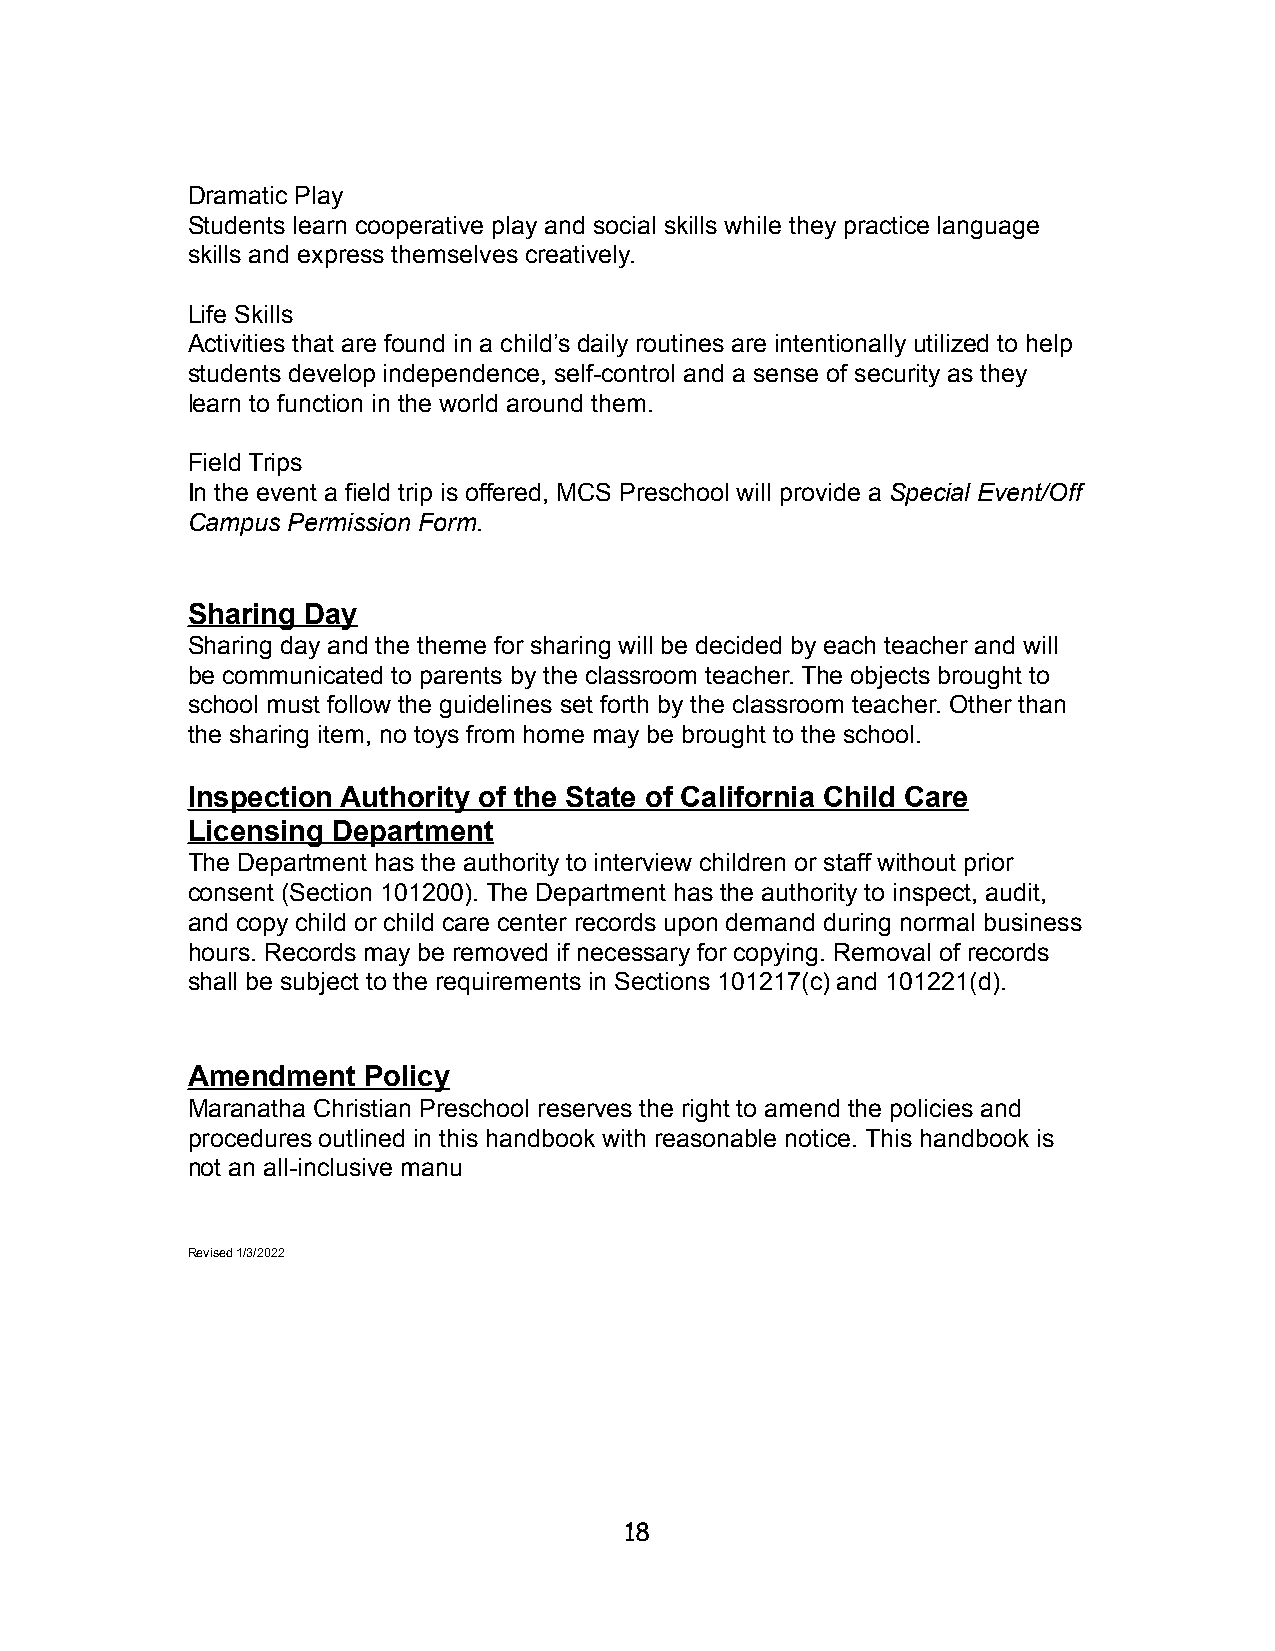
Dramatic Play
 Students learn cooperative play and social skills while they practice language
 skills and express themselves creatively.
 Life Skills
 Activities that are found in a child’s daily routines are intentionally utilized to help
 students develop independence, self-control and a sense of security as they
 learn to function in the world around them.
 Field Trips
 In the event a field trip is offered, MCS Preschool will provide a Special Event/Off
 Campus Permission Form.
 Sharing Day
 Sharing day and the theme for sharing will be decided by each teacher and will
 be communicated to parents by the classroom teacher. The objects brought to
 school must follow the guidelines set forth by the classroom teacher. Other than
 the sharing item, no toys from home may be brought to the school.
 Inspection Authority of the State of California Child Care
 Licensing Department
 The Department has the authority to interview children or staff without prior
 consent (Section 101200). The Department has the authority to inspect, audit,
 and copy child or child care center records upon demand during normal business
 hours. Records may be removed if necessary for copying. Removal of records
 shall be subject to the requirements in Sections 101217(c) and 101221(d).
 Amendment   Policy
 Maranatha Christian Preschool reserves the right to amend the policies and
 procedures outlined in this handbook with reasonable notice. This handbook is
 not an all-inclusive manu
 Revised 1/3/2022
 18